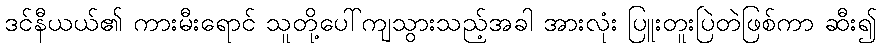
ဒင်နီယယ်၏ ကားမီးရောင် သူတို့ပေါ်ကျသွားသည့်အခါ အားလုံး ပြူးတူးပြဲတဲဖြစ်ကာ ဆီး၍